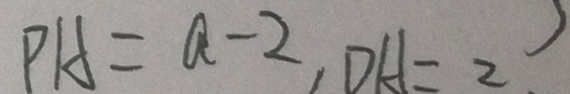
P A = a - 2 , D A = 2